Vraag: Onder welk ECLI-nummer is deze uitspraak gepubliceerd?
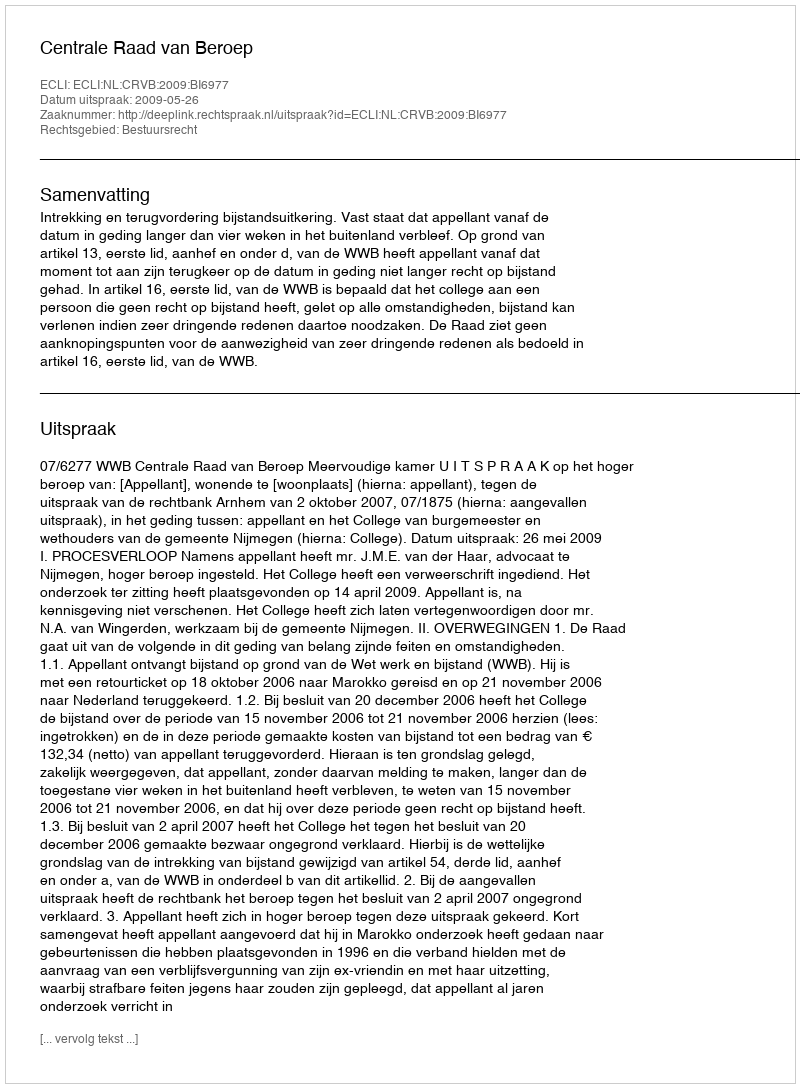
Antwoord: ECLI:NL:CRVB:2009:BI6977